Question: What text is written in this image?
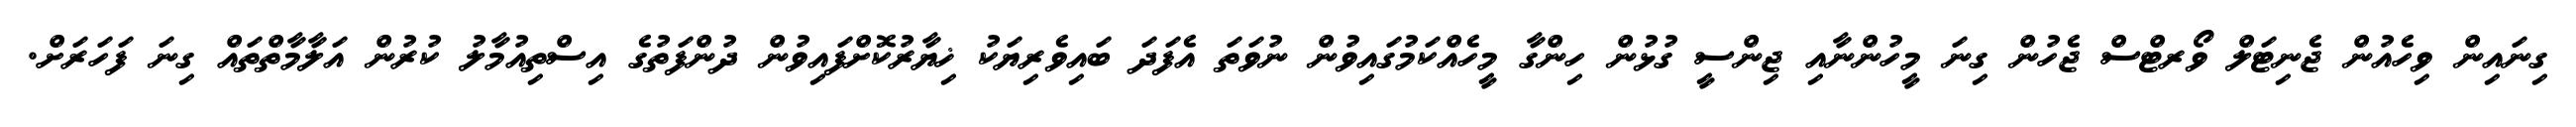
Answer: ގިނައިން ވިހެއުން ޖެނިޓަލް ވޯރޓްސް ޖެހުން ގިނަ މީހުންނާއި ޖިންސީ ގުޅުން ހިންގާ މީހެއްކަމުގައިވުން ނުވަތަ އެފަދަ ބައިވެރިޔަކު ޚިޔާރުކޮށްފައިވުން ދުންފަތުގެ އިސްތިއުމާލު ކުރުން އަލާމާތްތައް ގިނަ ފަހަރަށް.